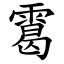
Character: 䨠